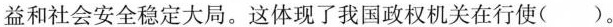
益和社会安全稳定大局。这体现了我国政权机关在行使()。